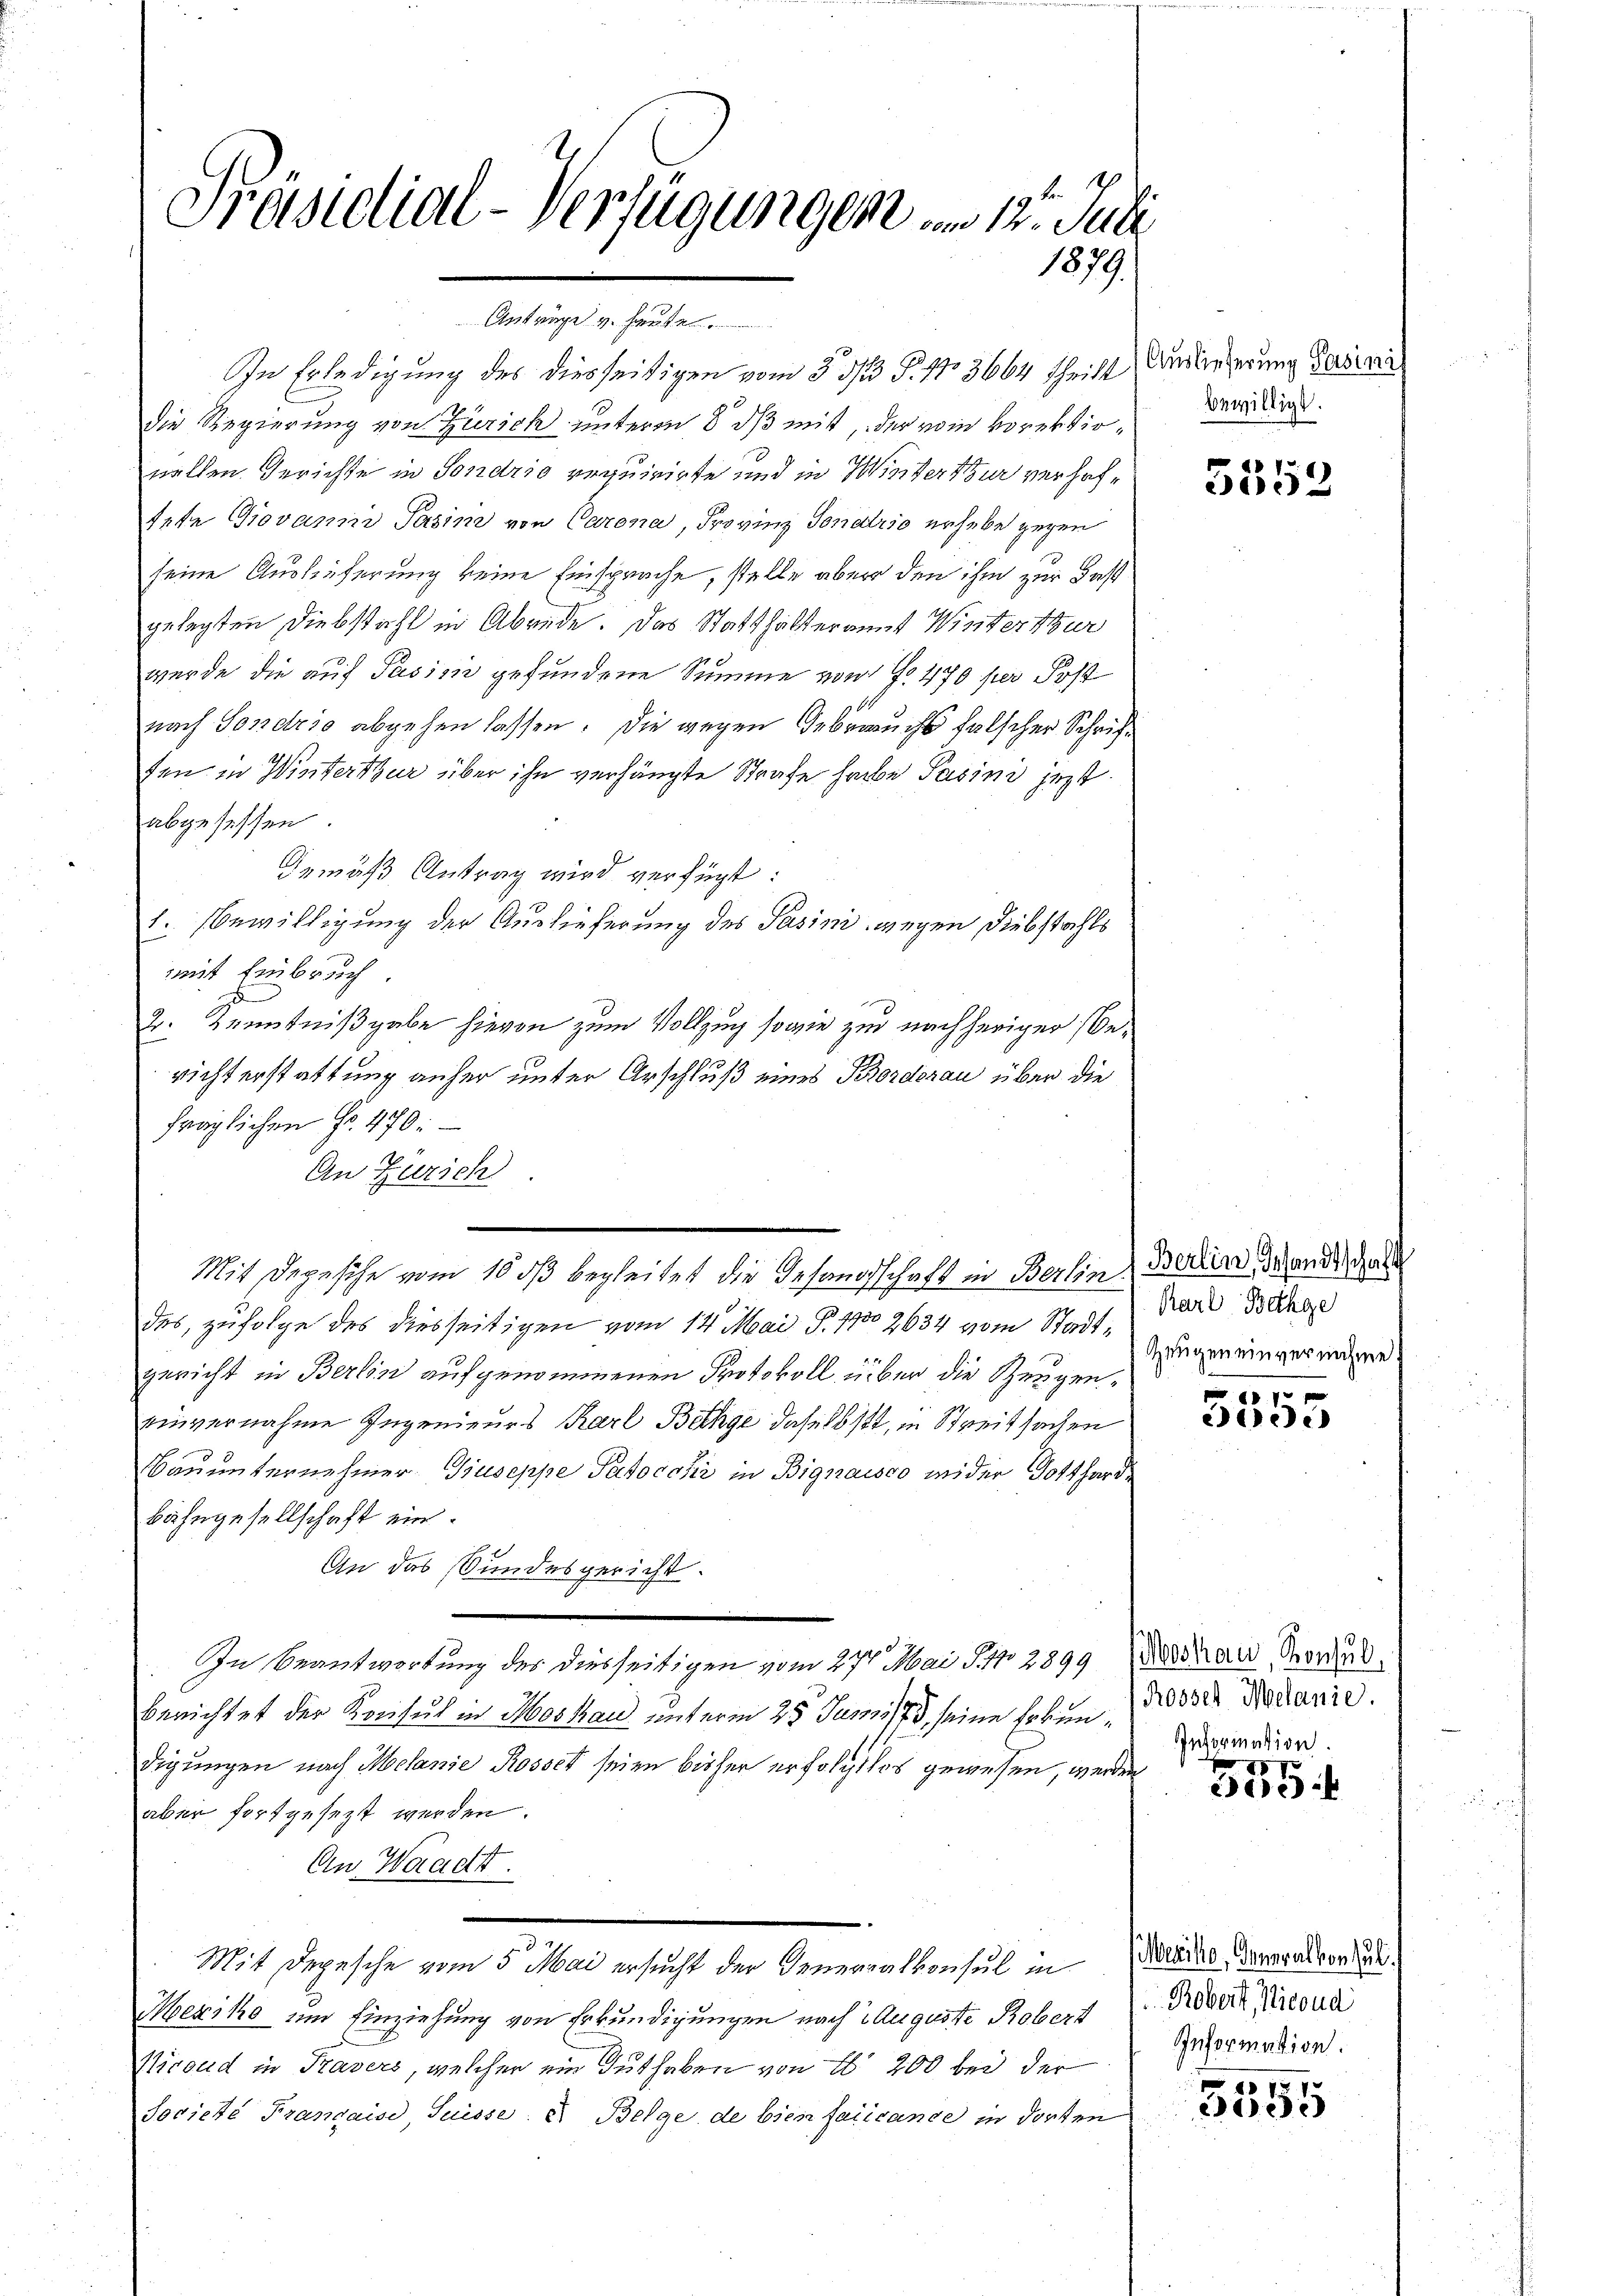
Präsidial-Verfügungen um 12. Juli
1879.

Anträge v. heute.
In Erledigung des diesseitigen vom 5 1/2 P. Nr. 3664 Theilt
die Regierung von Zürich unterm 8. ds mit, der vom korektionallen Gerichte in Sondrio requirirte und in Wintertur verhaftete Giovanin Pasim von Carena, Frovinz Tonario erhebe gegen
seine Auslieferung keine Einsprache, stelle aber den ihm zur Fest
gelegten Diebstahl in Abende. Das Statthalteramt Winterthur
wurde die auf Pasisie gefundene Summe von f. 470 per Post
nach Sondrio abgehen lassen. Die gegen Gebrauchs falscher Schriffen in Winterthur über ihn verhängte Strafe habe Pasini jezt
abgesessen.
Gemäß Antrag wird verfügt:
1. Bewilligung der Auslieferung des Pasini, wegen Diebstahls
mit Einbruch
z
2. Kenntnißgabe hievon zum Vollzug sowie zur nachheriger berichterstattung anher unter Urschluß eines Borderau über die
fraglichen Fr. 470:
An Zürich
Mit Depesche vom 16 ds begleitet die Gesandtschaft in Berlin, Berlin, an die Geld
des, zufolge des diesseitigen vom 14. Mai P. 1730 2634 vom Stadtgericht in Berlin aufgenommenen Protokoll über die Zeugeneinvernahme Ingenieurs Karl Bichge daselbst, in Streitsachen
Bauunternehmer Giuseppe Patocchi in Bignaisco wider Gotthard
Bahngesellschaft ein¬
An das Stundesgericht.
In Beantwortung des diesseitigen vom 27. Mai 191. 2899 des an Mordes
berichtet der Kreiset in Moskau unterm 25. Junii 173, seine sohin 10000 Sodanić.
digungen nach Melanie Rosset seien bisher erfolgtlos gewesen, werden
aber fortgesezt werden.
An Waadt.
Mit Depesche vom 5. Mai ersucht der Generalkonsul in
Mexiko um Einziehung von Erkundigungen nach Auguste Robert
Nicoud in Trasers, welcher ein Guthaben von L 200 bei der
Jociete Frandaise Suisse & Belge de bien falicance in dorten

Auslieferung Persinis
bewilligt.

5552

Karl Bathge
Zeugen einvernahme

1
c

Information.

2
3

Werike, Generalkonsul
Robert Nicoud
Information.

15
5105